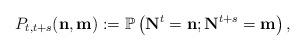
LaTeX: \begin{align*}P_{t,t+s} (\mathbf{n},\mathbf{m}) := \mathbb{P}\left(\mathbf{N}^{t}=\mathbf{n};\mathbf{N}^{t+s} = \mathbf{m} \right),\end{align*}